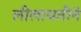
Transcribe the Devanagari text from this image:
लीलावतीने